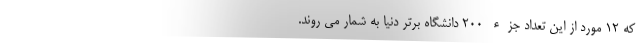
که 12 مورد از این تعداد جزء 200 دانشگاه برتر دنیا به شمار می روند.